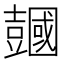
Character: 𧰒